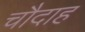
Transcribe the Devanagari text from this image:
चौदाह